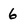
Character: 6